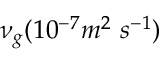
\nu _ { g } ( 1 0 ^ { - 7 } m ^ { 2 } \ s ^ { - 1 } )